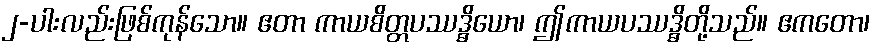
၂-ပါးလည်းဖြစ်ကုန်သော။ ဧတာ ကာယစိတ္တပဿဒ္ဓိယော၊ ဤကာယပဿဒ္ဓိတို့သည်။ ဧကတော၊